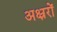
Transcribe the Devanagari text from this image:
अक्ष्ररों